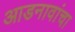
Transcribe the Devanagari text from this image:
आडनावांचा